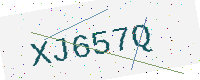
Text: XJ657Q